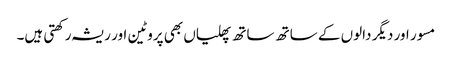
مسور اور دیگر دالوں کے ساتھ ساتھ پھلیاں بھی پروٹین اور ریشہ رکھتی ہیں۔